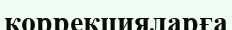
коррекцияларға